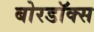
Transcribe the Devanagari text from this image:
बोरडॉक्स